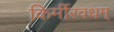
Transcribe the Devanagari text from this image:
किर्मीरवधम्